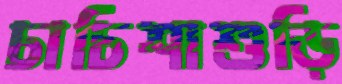
চাচিশাশুড়ি